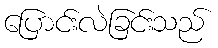
ပြောင်းလဲခြင်းသည်